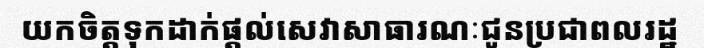
យកចិត្តទុកដាក់ផ្តល់សេវាសាធារណៈជូនប្រជាពលរដ្ឋ